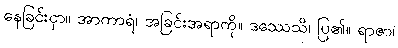
နေခြင်းငှာ။ အာကာရံ၊ အခြင်းအရာကို။ ဒဿေသိ၊ ပြ၏။ ရာဇာ၊